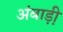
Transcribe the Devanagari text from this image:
अंबाड़ी़